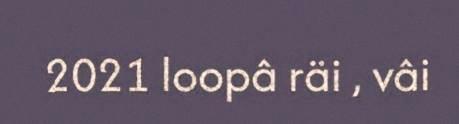
2021 loopâ räi , vâi